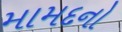
મામદનો